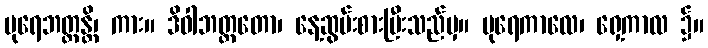
ပုရေဘတ္တန္တိ၊ ကား။ ဒိဝါဘတ္တတော၊ နေ့ဆွမ်းစားပြီးသည်မှ။ ပုရေကာလေ၊ ရှေ့ကာလ ၌။